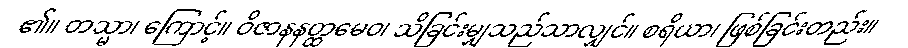
၏။ တသ္မာ၊ ကြောင့်။ ဝိဇာနနတ္ထမေဝ၊ သိခြင်းမျှသည်သာလျှင်။ စရိယာ၊ ဖြစ်ခြင်းတည်း။